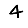
Digit: 4